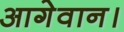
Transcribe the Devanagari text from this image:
आगेवान।